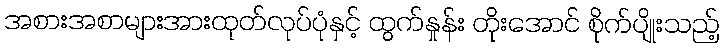
အစားအစာများအားထုတ်လုပ်ပုံနှင့် ထွက်နှုန်း တိုးအောင် စိုက်ပျိုးသည့်